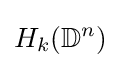
H_{k}(\mathbb {D} ^{n})